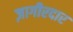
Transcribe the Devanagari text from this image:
ज़ागीरदार